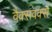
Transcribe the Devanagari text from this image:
वैक्सवर्क्स